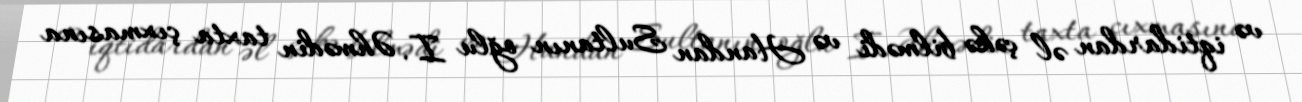
və iqtidardan əl çəkə bilmədi və Handan Sultanın oğlu I. Əhmədin taxta çıxmasına